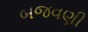
બજવણી